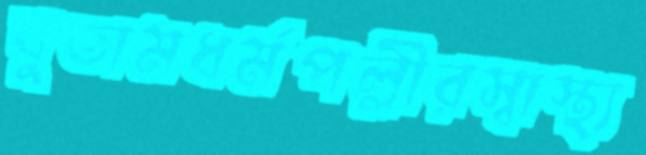
বুতামধর্মপল্লীরস্বাস্থ্য